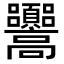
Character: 𩫳